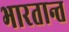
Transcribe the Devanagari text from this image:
भारतान्त